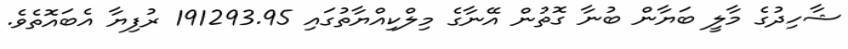
ޝާހިދުގެ މާލީ ބަޔާން ބުނާ ގޮތުން އޭނާގެ މިލްކިއްޔާތުގައި 191293.95 ރުފިޔާ އެބައޮތެވެ.